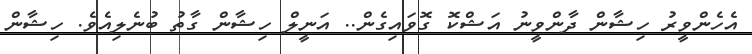
އެހެންވީރު ހިޝާން ދާންވީނު އަޝްކޮ ގޮވައިގެން.. އަނީލް ހިޝާން ގާތު ބުނެލިއެވެ. ހިޝާން